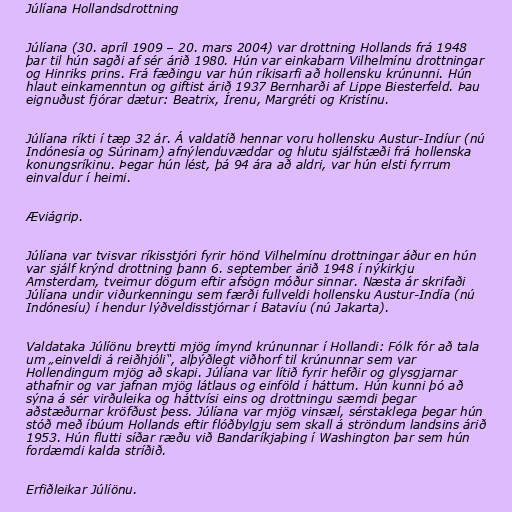
Júlíana Hollandsdrottning

Júlíana (30. apríl 1909 – 20. mars 2004) var drottning Hollands frá 1948
þar til hún sagði af sér árið 1980. Hún var einkabarn Vilhelmínu drottningar
og Hinriks prins. Frá fæðingu var hún ríkisarfi að hollensku krúnunni. Hún
hlaut einkamenntun og giftist árið 1937 Bernharði af Lippe Biesterfeld. Þau
eignuðust fjórar dætur: Beatrix, Írenu, Margréti og Kristínu.

Júlíana ríkti í tæp 32 ár. Á valdatíð hennar voru hollensku Austur-Indíur (nú
Indónesía og Súrinam) afnýlenduvæddar og hlutu sjálfstæði frá hollenska
konungsríkinu. Þegar hún lést, þá 94 ára að aldri, var hún elsti fyrrum
einvaldur í heimi.

Æviágrip.

Júlíana var tvisvar ríkisstjóri fyrir hönd Vilhelmínu drottningar áður en hún
var sjálf krýnd drottning þann 6. september árið 1948 í nýkirkju
Amsterdam, tveimur dögum eftir afsögn móður sinnar. Næsta ár skrifaði
Júlíana undir viðurkenningu sem færði fullveldi hollensku Austur-Indía (nú
Indónesíu) í hendur lýðveldisstjórnar í Batavíu (nú Jakarta).

Valdataka Júlíönu breytti mjög ímynd krúnunnar í Hollandi: Fólk fór að tala
um „einveldi á reiðhjóli“, alþýðlegt viðhorf til krúnunnar sem var
Hollendingum mjög að skapi. Júlíana var lítið fyrir hefðir og glysgjarnar
athafnir og var jafnan mjög látlaus og einföld í háttum. Hún kunni þó að
sýna á sér virðuleika og háttvísi eins og drottningu sæmdi þegar
aðstæðurnar kröfðust þess. Júlíana var mjög vinsæl, sérstaklega þegar hún
stóð með íbúum Hollands eftir flóðbylgju sem skall á ströndum landsins árið
1953. Hún flutti síðar ræðu við Bandaríkjaþing í Washington þar sem hún
fordæmdi kalda stríðið.

Erfiðleikar Júlíönu.